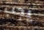
يجب